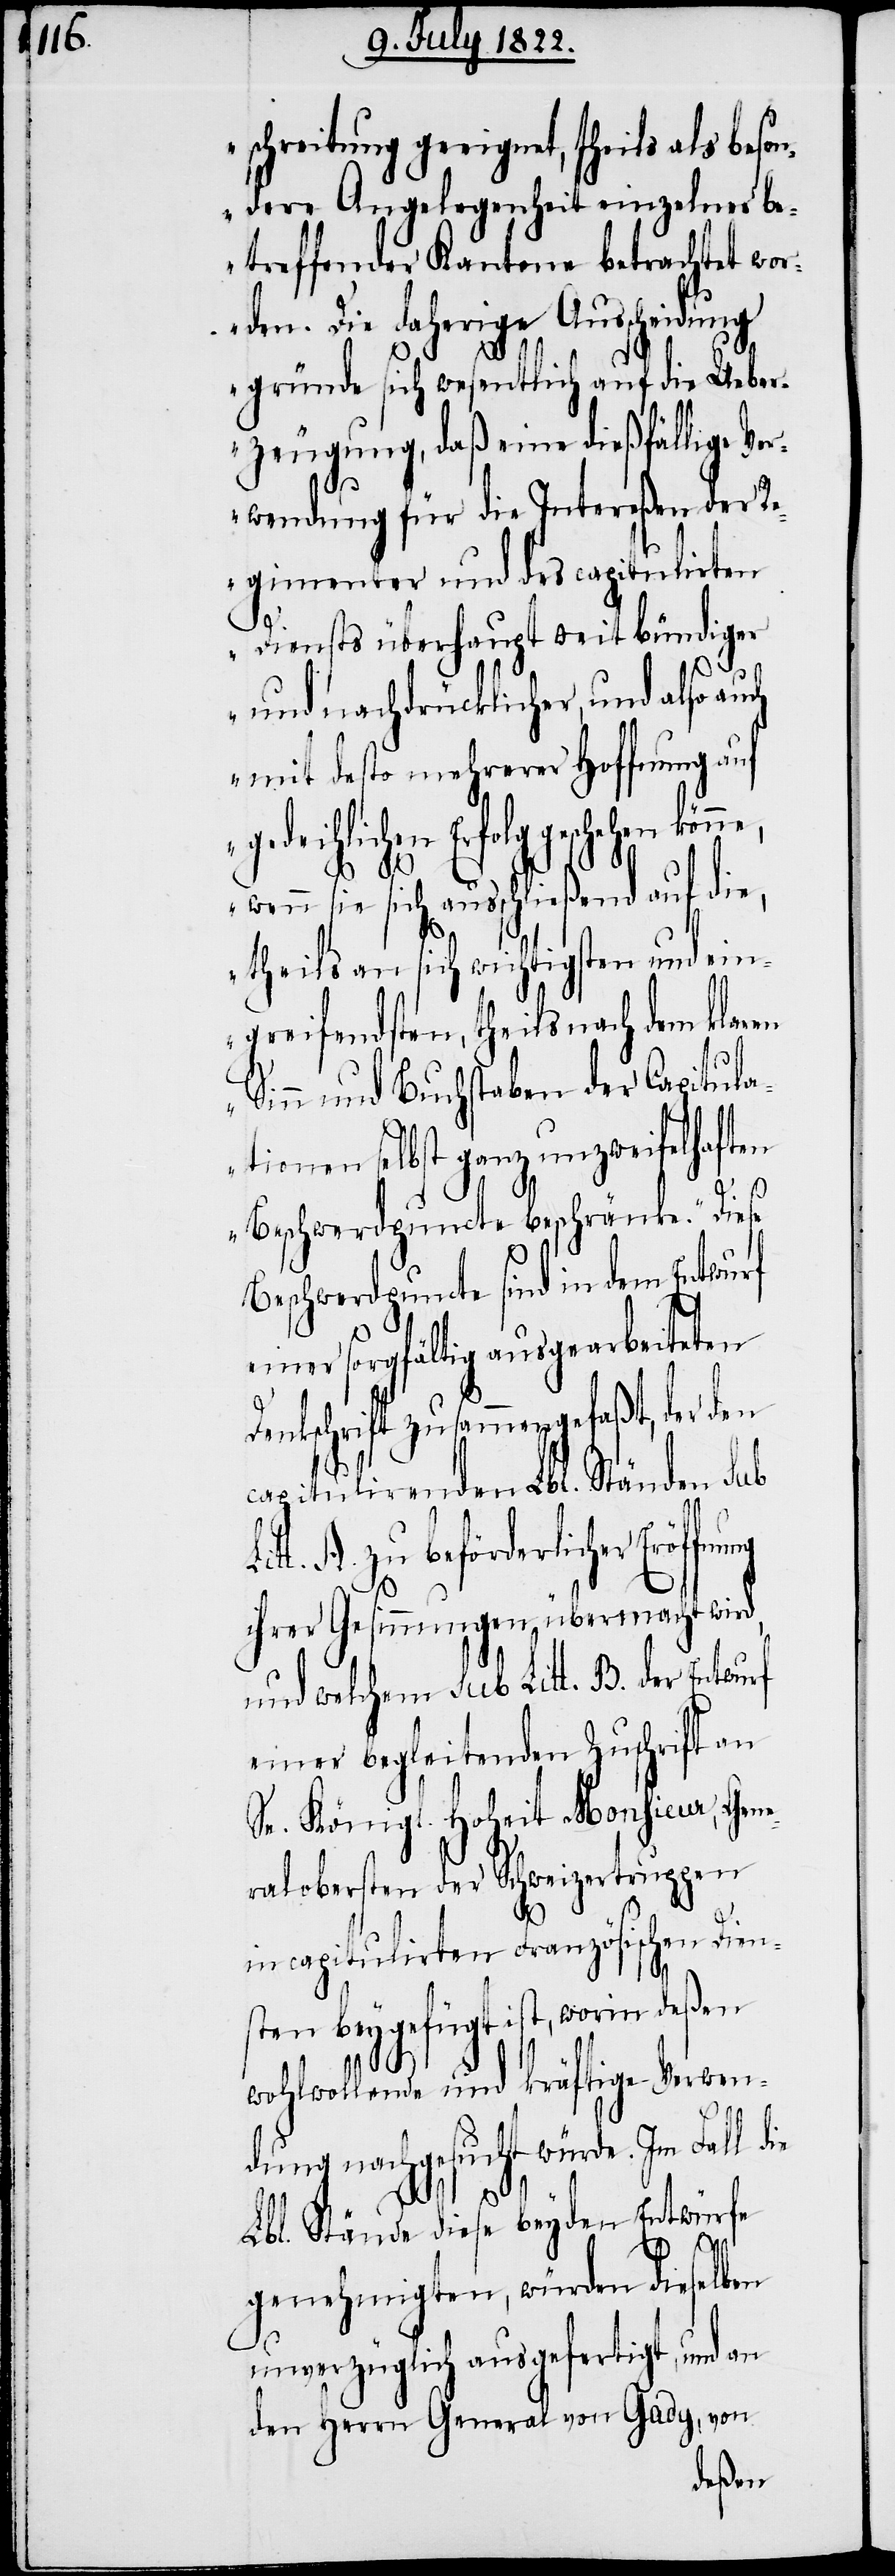
schreitung geeignet, theils als beson¬
dere Angelegenheit einzelner be¬
treffender Kantone betrachtet wor¬
den. Die daherige Ausscheidung
gründe sich wesentlich auf die Ueber¬
zeugung, daß eine dießfällige Ver¬
wendung für die Intereßen der Re¬
gimenter und des capitulirten
Diensts überhaupt weit bündige¬
r und nachdrücklicher, und also au¬
mit desto mehrerer Hoffnung auf
gedeihlichen Erfolg geschehen kön¬
ne,
wenn sie sich ausschließend auf die,
theils an sich wichtigsten und ein¬
greifendsten, theils nach dem klaren
Sinn und Buchstaben der Capitula¬
tionen selbst ganz unzweifelhaften
Beschwerdpuncte beschränke.“ Diese
Beschwerdpuncte sind in dem Entwurf
einer sorgfältig ausgearbeiteten
Dankschrift zusammengefaßt, der
capitulirenden Lbl. Ständen Sub
A. zu beförderlicher Eröf¬
ihrer Gesinnungen übermacht wird,
und welchem Sub. Litt. B. der Entwurf
einer begleitenden Zuschrift an
Sr. Königl. Hoheit Monsieur, Gene¬
ralobersten der Schweizertruppen
in capitulirten Französischen Dien¬
sten beygefügt ist, worin deßen
wohlwollende und kräftige Verwen¬
dung nachgesucht würde. Im Fall die
Lbl. Stände diese beyden Entwürfe
ung
genehmigten, würden dieselben
unverzüglich ausgefertigt, und an
den Herrn General von Gady, von